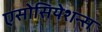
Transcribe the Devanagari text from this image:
एसोसियेशन्स